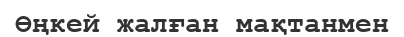
Өңкей жалған мақтанмен